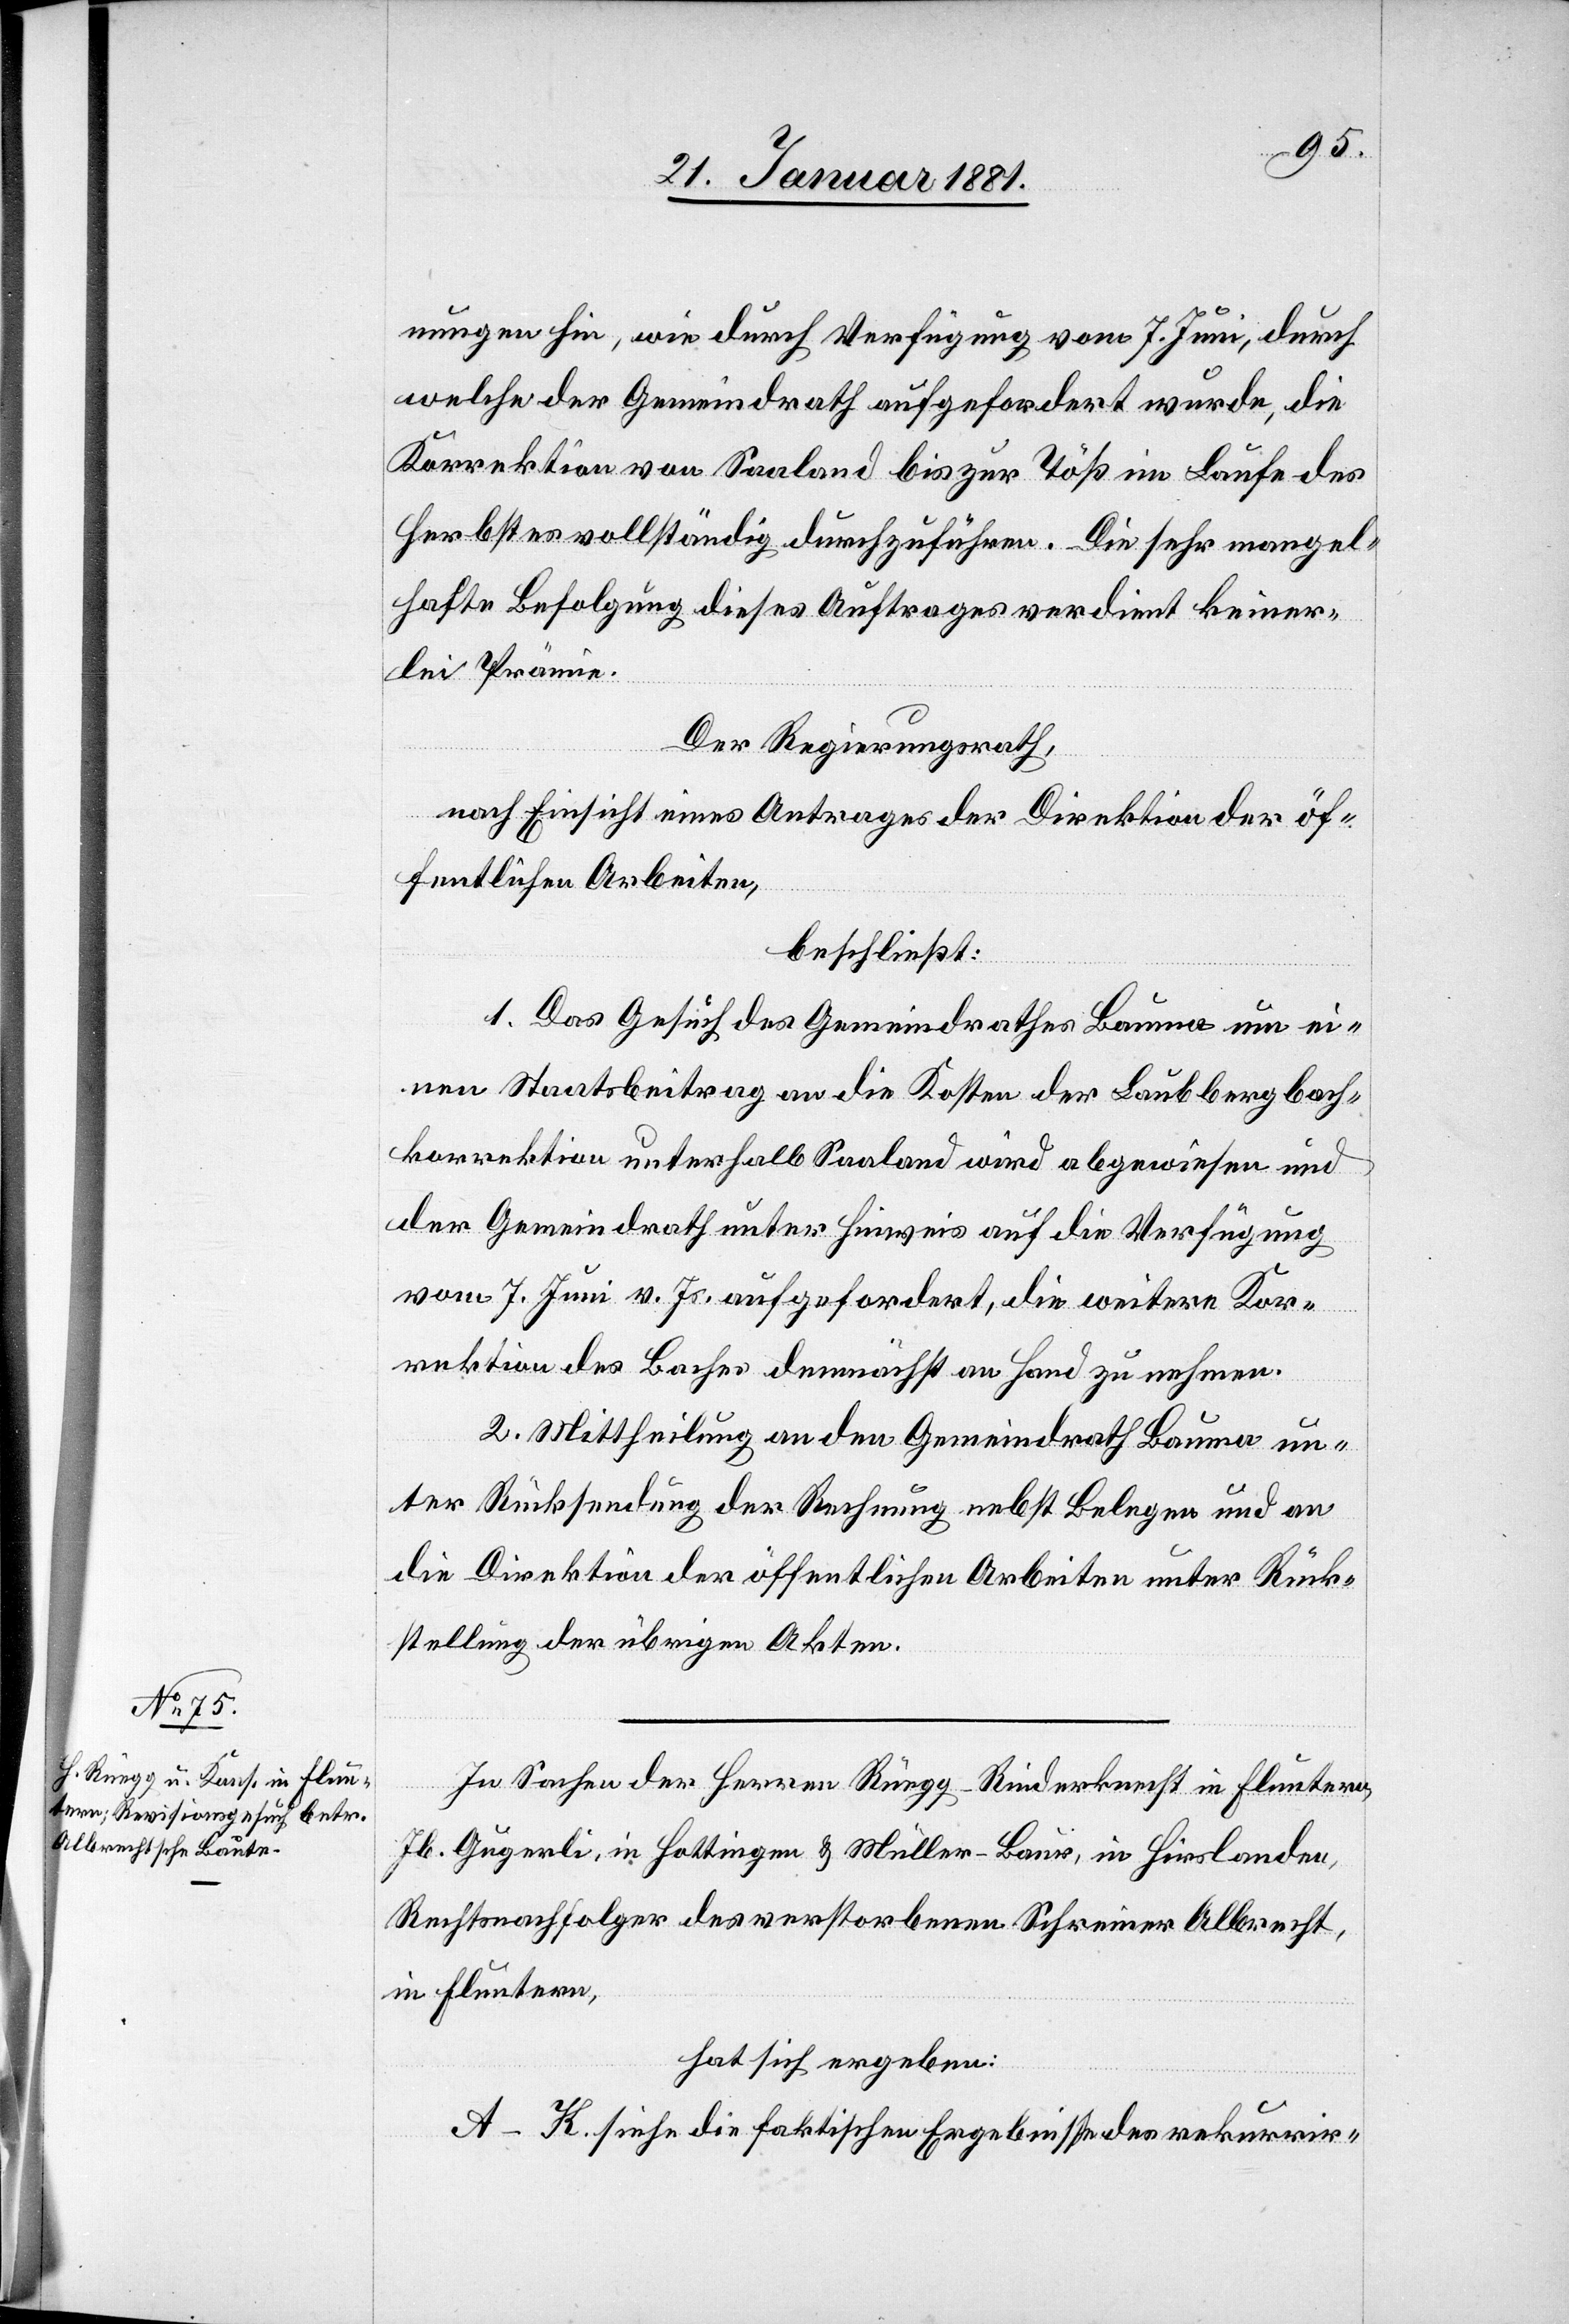
nungen hin, wie durch Verfügung vom 7. Juni, durch
welche der Gemeindrath aufgefordert wurde, die
Korrektion von Saaland bis zu Töß im Laufe des
Herbstes vollständig durchzuführen. Die sehr mangel¬
hafte Befolgung dieses Auftrages verdient keiner¬
lei Prämie.
Der Regierungsrath,
nach Einsicht eines Antrages der Direktion der öf¬
fentlichen Arbeiten,
beschließt:
1. Das Gesuch des Gemeindrathes Bauma um ei¬
nen Staatsbeitrag an die Kosten der Laubbergbach¬
korrektion unterhalb Saaland wird abgewiesen und
der Gemeindrath unter Hinweis auf die Verfügung
vom 7. Juni v. Js. aufgefordert, die weitere Kor¬
rektion des Baches demnächst an Hand zu nehmen.
2. Mittheilung an den Gemeindrath Bauma un¬
ter Rücksendung der Rechnung nebst Belegen und an
die Direktion der öffentlichen Arbeiten unter Rück¬
stellung der übrigen Akten.
In Sachen der Herren Rüegg-Rinderknecht in Fluntern[,]
Jb. Gugerli, in Hottingen & Müller-Baur, in Hirslanden,
Rechtsnachfolger des verstorbenen Schreiber Albrecht,
in Fluntern,
hat sich ergeben:
A–K. siehe die faktischen Ergebnisse des rekurrir-